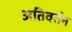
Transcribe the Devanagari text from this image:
अतिवर्तन